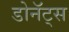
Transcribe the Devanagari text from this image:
डोनॅट्स